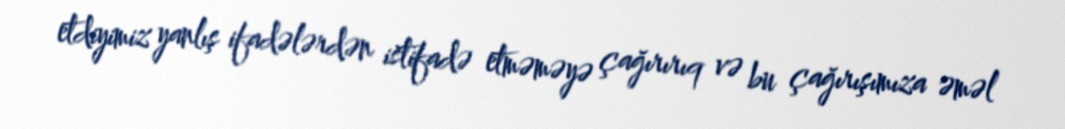
etdiyimiz yanlış ifadələrdən istifadə etməməyə çağırırıq və bu çağırışımıza əməl